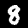
Digit: 8